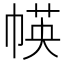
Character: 㡕